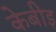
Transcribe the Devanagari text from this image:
केबीइ